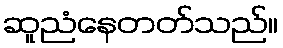
ဆူညံနေတတ်သည်။